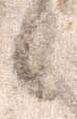
候